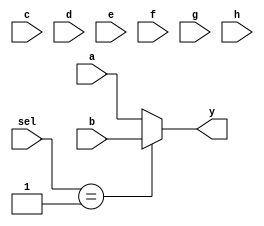
`timescale 1ns / 1ps
/////////////////////////////////////////////////////////////////
// Module Name: mux_vector
/////////////////////////////////////////////////////////////////
module mux_vector #(parameter C_SIZE = 4 , DELAY = 3, C_NUM_CHANNELS=2)(
   input wire [C_SIZE-1:0] a,
   input wire [C_SIZE-1:0] b,
   input wire [C_SIZE-1:0] c,
   input wire [C_SIZE-1:0] d,
   input wire [C_SIZE-1:0] e,
   input wire [C_SIZE-1:0] f,
   input wire [C_SIZE-1:0] g,
   input wire [C_SIZE-1:0] h,
   input wire [2:0] sel,
   output wire [C_SIZE-1:0] y
   );
   
    reg [C_SIZE-1:0] data;

	always @(*) begin
		case(C_NUM_CHANNELS)
			2:	begin			
					case(sel)
						1'b0 : data[C_SIZE-1:0] <= a[C_SIZE-1:0] ;
						1'b1 : data[C_SIZE-1:0] <= b[C_SIZE-1:0] ;
						default : data[C_SIZE-1:0] <= a[C_SIZE-1:0] ;
					endcase
				end
			4:	begin			
					case(sel)
						2'b00 : data[C_SIZE-1:0] <= a[C_SIZE-1:0] ;
						2'b01 : data[C_SIZE-1:0] <= b[C_SIZE-1:0] ;
						2'b10 : data[C_SIZE-1:0] <= c[C_SIZE-1:0] ;
						2'b11 : data[C_SIZE-1:0] <= d[C_SIZE-1:0] ;
						default : data[C_SIZE-1:0] <= a[C_SIZE-1:0] ;
					endcase
				end
			8:	begin			
					case(sel)
						3'b000 : data[C_SIZE-1:0] <= a[C_SIZE-1:0] ;
						3'b001 : data[C_SIZE-1:0] <= b[C_SIZE-1:0] ;
						3'b010 : data[C_SIZE-1:0] <= c[C_SIZE-1:0] ;
						3'b011 : data[C_SIZE-1:0] <= d[C_SIZE-1:0] ;
						3'b100 : data[C_SIZE-1:0] <= e[C_SIZE-1:0] ;
						3'b101 : data[C_SIZE-1:0] <= f[C_SIZE-1:0] ;
						3'b110 : data[C_SIZE-1:0] <= g[C_SIZE-1:0] ;
						3'b111 : data[C_SIZE-1:0] <= h[C_SIZE-1:0] ;
						default : data[C_SIZE-1:0] <= a[C_SIZE-1:0] ;
					endcase
				end
		endcase
	end
	
    assign #DELAY y[C_SIZE-1:0] = data[C_SIZE-1:0] ;
	
endmodule